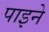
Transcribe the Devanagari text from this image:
पाइने